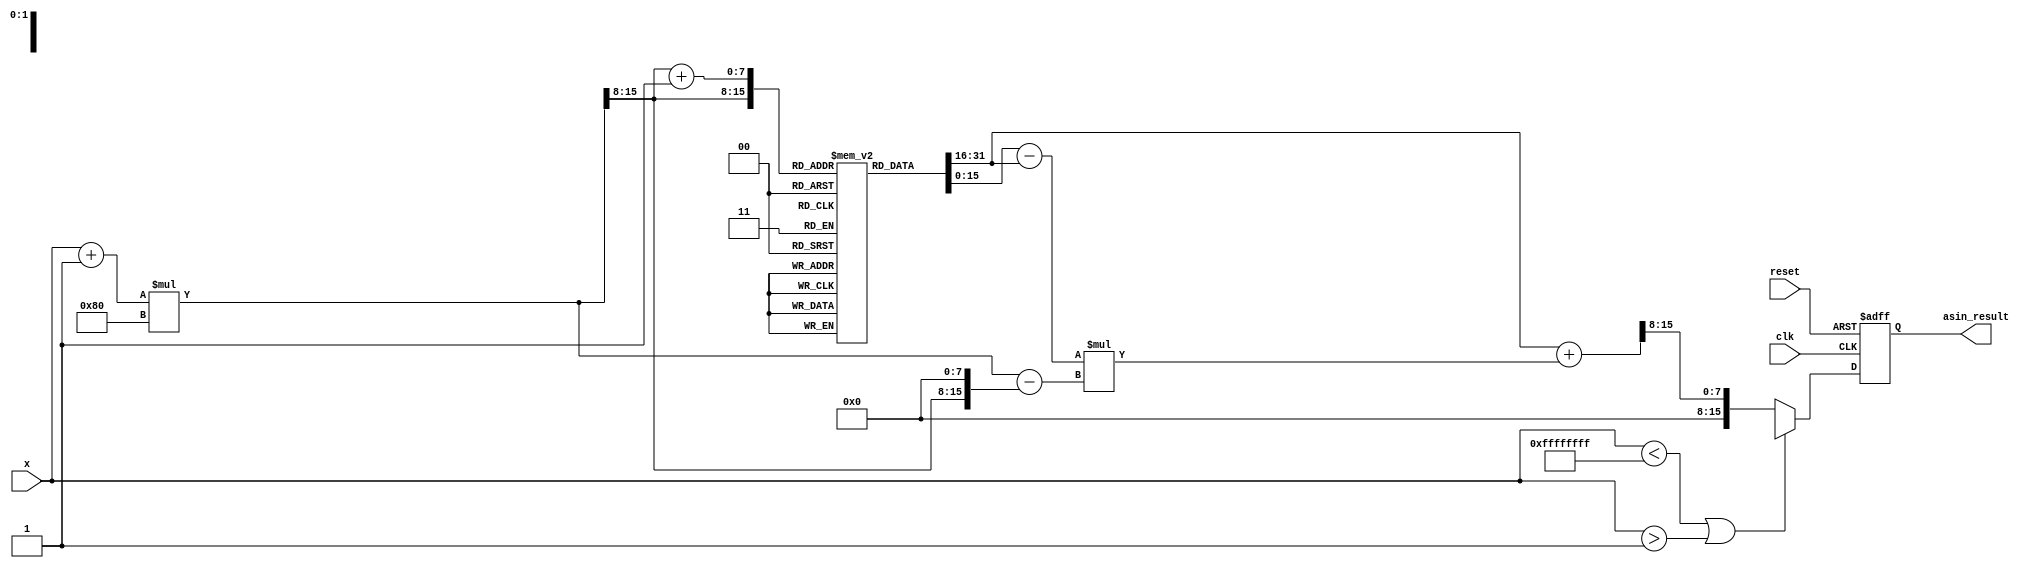
module asin_block #(
    parameter N = 16, // Bit-width of input
    parameter M = 16, // Bit-width of output
    parameter LUT_SIZE = 256 // Size of the LUT
)(
    input wire clk,
    input wire reset,
    input wire [N-1:0] x,
    output reg [M-1:0] asin_result
);

    // Define the LUT for asin values (fixed-point representation)
    reg [M-1:0] lut [0:LUT_SIZE-1];

    // Initialize the LUT with precomputed asin values
    initial begin
        // Populate the LUT with asin values scaled appropriately
        // This is just a placeholder; actual values should be computed and filled
        // Example: lut[0] = 0; lut[1] = 0.1; lut[2] = 0.2; ...; lut[LUT_SIZE-1] = /2
        // You can use a script to generate these values and load them here.
    end

    // Internal signals for interpolation
    reg [N-1:0] x_scaled;
    reg [7:0] index;
    reg [M-1:0] lut_a, lut_b;
    reg [M-1:0] asin_interpolated;
    reg [N-1:0] x_frac;

    // Range checking and LUT access
    always @(posedge clk or posedge reset) begin
        if (reset) begin
            asin_result <= 0;
        end else begin
            // Check if input is within range [-1, 1]
            if (x < -1 || x > 1) begin
                // Output error state (NaN or predefined value)
                asin_result <= {M{1'bx}}; // NaN representation
            end else begin
                // Scale input to LUT index
                x_scaled = (x + 1) * (LUT_SIZE / 2); // Scale to [0, LUT_SIZE]
                index = x_scaled[N-1:8]; // Use upper bits for index
                x_frac = x_scaled[N-1:0] - (index << 8); // Fractional part

                // Retrieve LUT values
                lut_a = lut[index];
                lut_b = lut[index + 1];

                // Linear interpolation
                asin_interpolated = lut_a + ((lut_b - lut_a) * x_frac) >> 8; // Interpolation

                // Assign result
                asin_result <= asin_interpolated;
            end
        end
    end

endmodule